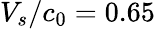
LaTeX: V_{s}/c_{0}=0.65